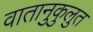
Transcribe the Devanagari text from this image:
वातानुकुलुत